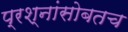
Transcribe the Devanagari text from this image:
प्रश्नांसोबतच